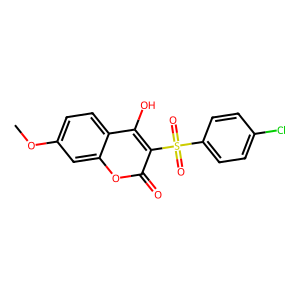
SMILES: COc1ccc2c(O)c(S(=O)(=O)c3ccc(Cl)cc3)c(=O)oc2c1
Inhibits HIV replication: No